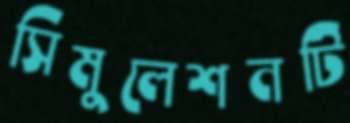
সিমুলেশনটি